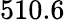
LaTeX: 510.6